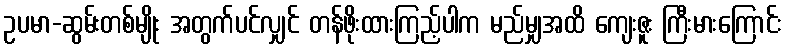
ဥပမာ-ဆွမ်းတစ်မျိုး အတွက်ပင်လျှင် တန်ဖိုးထားကြည့်ပါက မည်မျှအထိ ကျေးဇူး ကြီးမားကြောင်း